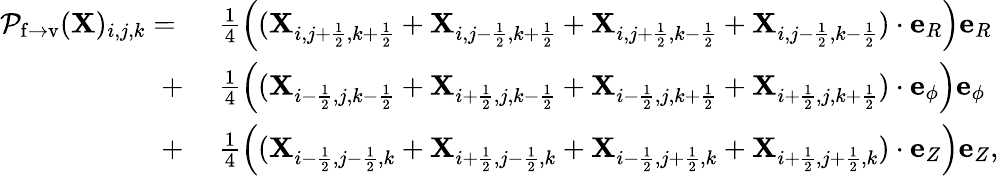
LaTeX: \begin{array}{rl}{{\mathcal{P}}_{\mathrm{f\rightarrow v}}(\mathbf{X})_{i,j,k}=~}&{\frac{1}{4}\left((\mathbf{X}_{i,j+\frac{1}{2},k+\frac{1}{2}}+\mathbf{X}_{i,j-\frac{1}{2},k+\frac{1}{2}}+\mathbf{X}_{i,j+\frac{1}{2},k-\frac{1}{2}}+\mathbf{X}_{i,j-\frac{1}{2},k-\frac{1}{2}})\cdot\mathbf{e}_{R}\right)\mathbf{e}_{R}}\\ {+~}&{\frac{1}{4}\left((\mathbf{X}_{i-\frac{1}{2},j,k-\frac{1}{2}}+\mathbf{X}_{i+\frac{1}{2},j,k-\frac{1}{2}}+\mathbf{X}_{i-\frac{1}{2},j,k+\frac{1}{2}}+\mathbf{X}_{i+\frac{1}{2},j,k+\frac{1}{2}})\cdot\mathbf{e}_{\phi}\right)\mathbf{e}_{\phi}}\\ {+~}&{\frac{1}{4}\left((\mathbf{X}_{i-\frac{1}{2},j-\frac{1}{2},k}+\mathbf{X}_{i+\frac{1}{2},j-\frac{1}{2},k}+\mathbf{X}_{i-\frac{1}{2},j+\frac{1}{2},k}+\mathbf{X}_{i+\frac{1}{2},j+\frac{1}{2},k})\cdot\mathbf{e}_{Z}\right)\mathbf{e}_{Z},}\end{array}